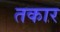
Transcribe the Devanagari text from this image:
तकार